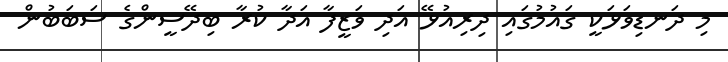
މި ދަނޑިވަޅަކީ ގައުމުގައި ދިރިއުޅޭ އަދި ވަޒީފާ އަދާ ކުރާ ބިދޭސީންގެ ސަބަބުން